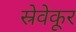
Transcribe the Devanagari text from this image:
स्रेवेकूर